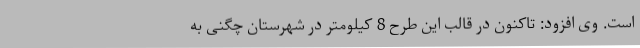
است. وی افزود: تاکنون در قالب این طرح 8 کیلومتر در شهرستان چگنی به